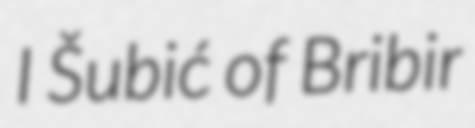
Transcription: I Šubić of Bribir